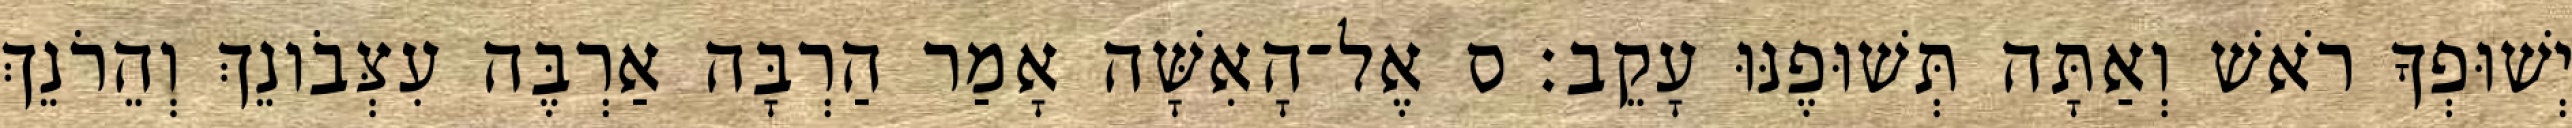
יְשׁוּפְךָ רֹאשׁ וְאַתָּה תְּשׁוּפֶנּוּ עָקֵב׃ ס אֶל־הָאִשָּׁה אָמַר הַרְבָּה אַרְבֶּה עִצְּבֹונֵךְ וְהֵרֹנֵךְ